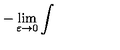
- \lim _ { \varepsilon \to 0 } \int